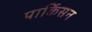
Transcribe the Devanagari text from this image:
पार्किसन